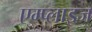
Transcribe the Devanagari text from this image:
एम्प्लाइज